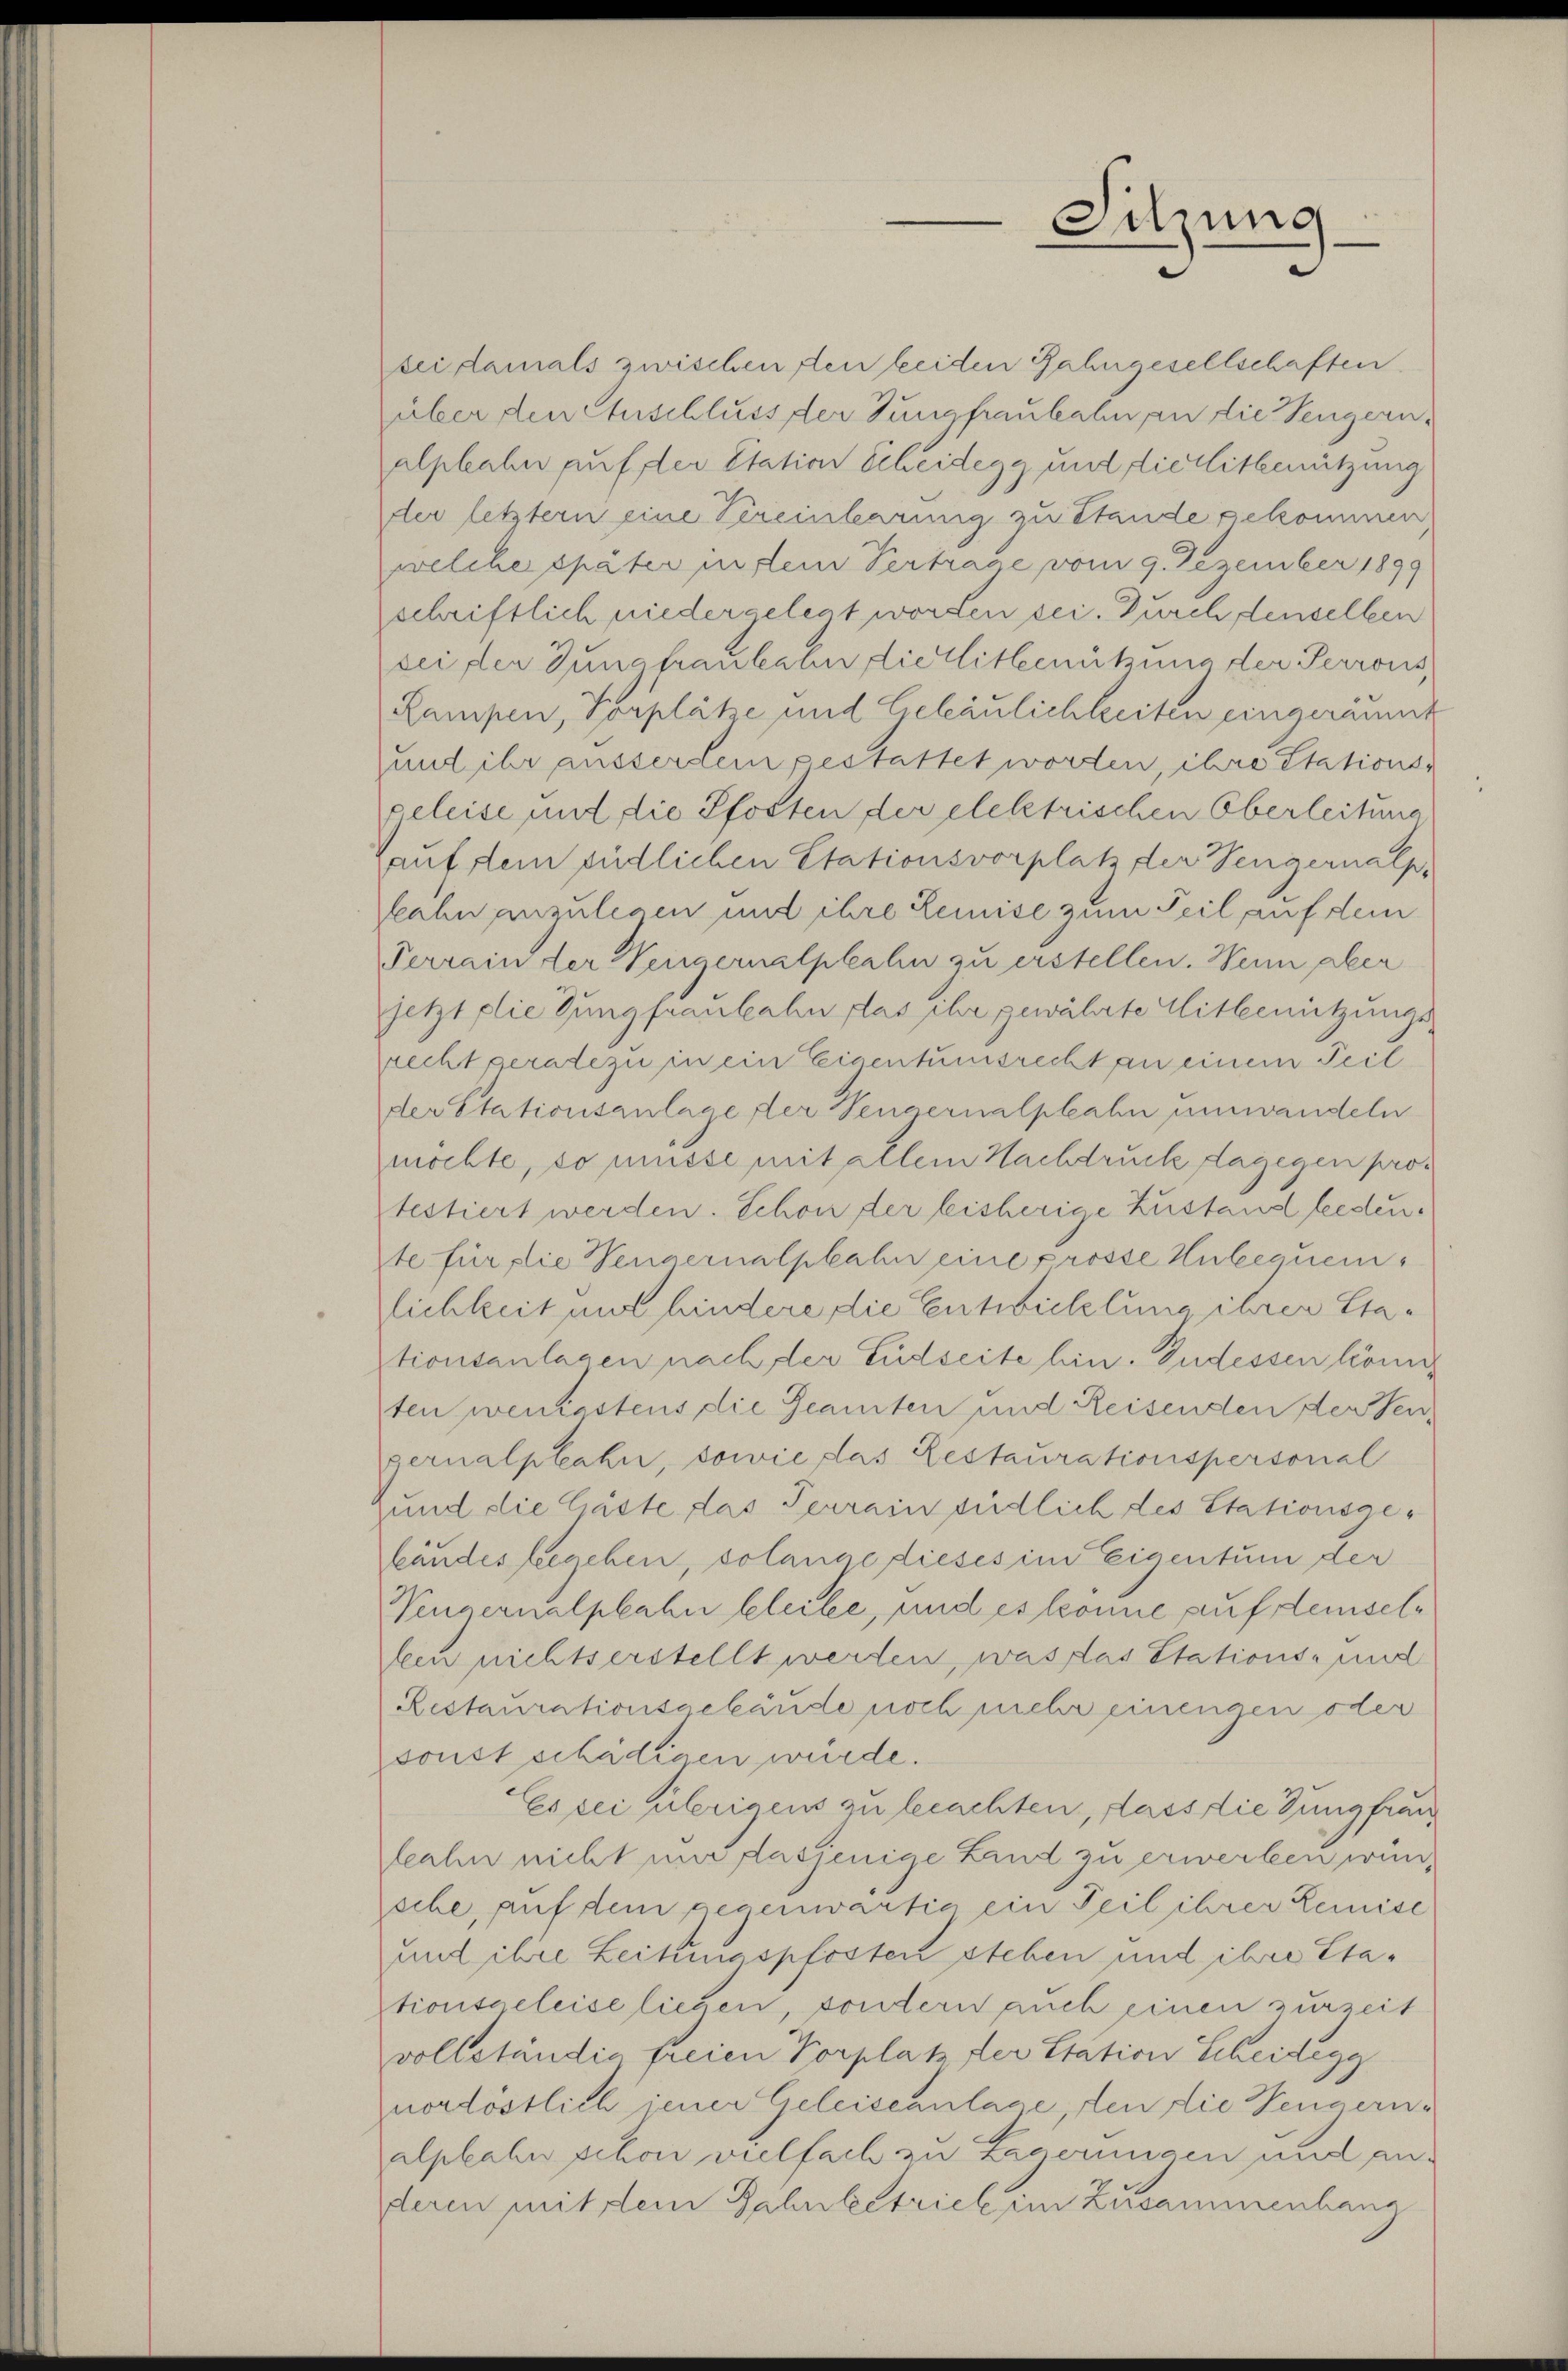
bei damals zwischen den beiden Jahngesellschaften
über den Anschluss der Jungfraubahn an die Tengern.
alphahn auf der Etation Scheidegg und die Mitbenützung
der letztern eine Vereinbarung zu Stände gekommen
welcher später in dem Vertrage vom 9. Dezember 1899
schriftlich niedergelegt worden sei. Durch denselben
sei der Zunahaubahn die Mitbenützung der Perrous,
Lampen, Porpläte und Geläulichkeiten eingeräumt
und ihr ausserlein gestattet worden, ihre Stationsgeleise und die Pfosten der elektrischen Oberleitung
Hauf dem südlichen Etationsvorplatz der Vengernalp,
kahn anzulegen und ihre Lemise zum Teil auf dem
Verrain der Vergernalphahn zu erstellen. Wenn aber
jetzt die Jungfraubahn das ihr gewährte Mitbenützungs-
recht geradezu in ein Eigentumsrecht an einem Teil
der Stationsanlage der Tendernalphahn umwandeln
möchte, so müsse mit allem Nachdruck dagegen protestiert werden. Schon der bisherige Zustand beeden.
te für die Neuvernalpkahn eine prosse Hubequenglichkeit und hindere die Entwicklung ihrer Etationsanlagen nach der Eidseite hin. Pudessen könig
ten wenkastens die Geamten und Reisenden der Sengernalphahn, sowie das Gestaurationspersonal
und die Gäste das Terrain südlich des Stationsgebändes begehen, solange dieses im Eigentum der
Wengernalpkahn bleibe, und es könne auf demsellen nichtserstellt werden, was das Stations- und
Restaurationsgebäude noch mehr einengen oder
sonst schädigen würde.
Es sei übrigens zu beachten, dass die Jungfrau
leahn nicht und dasjenige Land zu erwerben wursche, auf dem gegenwärtig ein Teil ihrer Remise
und ihre Leikmaspfosten stehen und ihre Etationsgeleise lieben, sondern auch einen zurzeit
vollständig freien Vorplatz der Station Scheidegg
nordöstlich jener Geleiseanlage, den die Hengern-
alpkahn schon vielfach zu Lagerungen und anderen mit dem Bahnbestrick im Zusammenhang

Sitzung